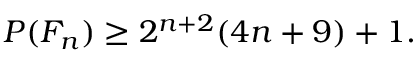
P ( F _ { n } ) \geq 2 ^ { n + 2 } ( 4 n + 9 ) + 1 .